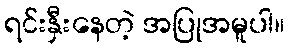
ရင်းနှီးနေတဲ့ အပြုအမူပါ။